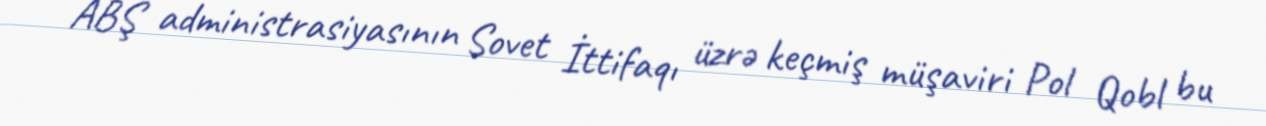
ABŞ administrasiyasının Sovet İttifaqı üzrə keçmiş müşaviri Pol Qobl bu